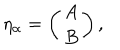
LaTeX: \eta _ { \alpha } = \left( \begin{array} { c } { { A } } \\ { { B } } \\ \end{array} \right) ,